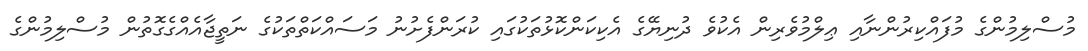
މުސްލިމުންގެ މުފައްކިރުންނާއި ޢިލްމުވެރިން އެކުވެ ދުނިޔޭގެ އެކިކަންކޮޅުތަކުގައި ކުރަންފެށުނު މަސައްކަތްތަކުގެ ނަތީޖާއެއްގެގޮތުން މުސްލިމުންގެ